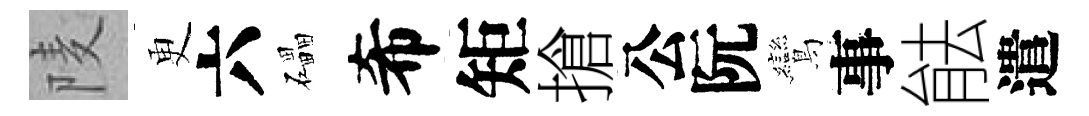
𨹧更六礧希矩搶公阮鸞事䏻遣